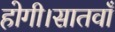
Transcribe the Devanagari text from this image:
होगी।सातवाँ